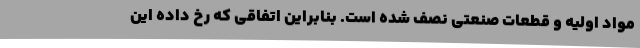
مواد اولیه و قطعات صنعتی نصف شده است. بنابراین اتفاقی که رخ داده این